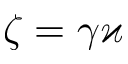
\zeta = \gamma \varkappa